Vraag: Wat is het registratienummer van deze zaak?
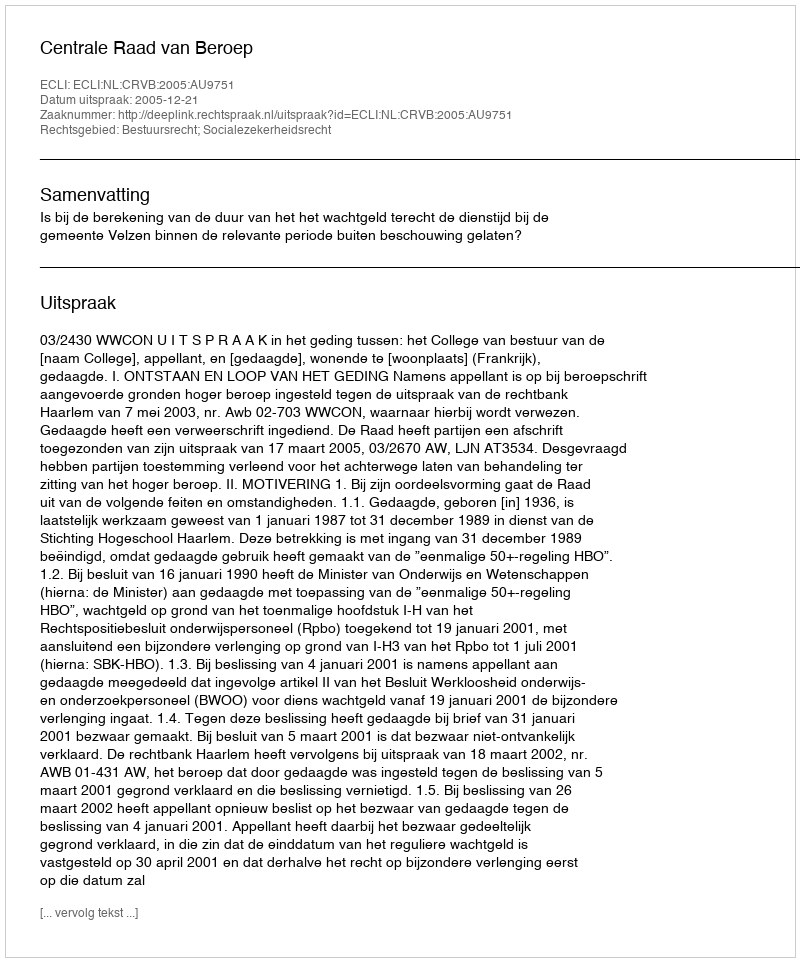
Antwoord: http://deeplink.rechtspraak.nl/uitspraak?id=ECLI:NL:CRVB:2005:AU9751